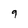
Character: 9